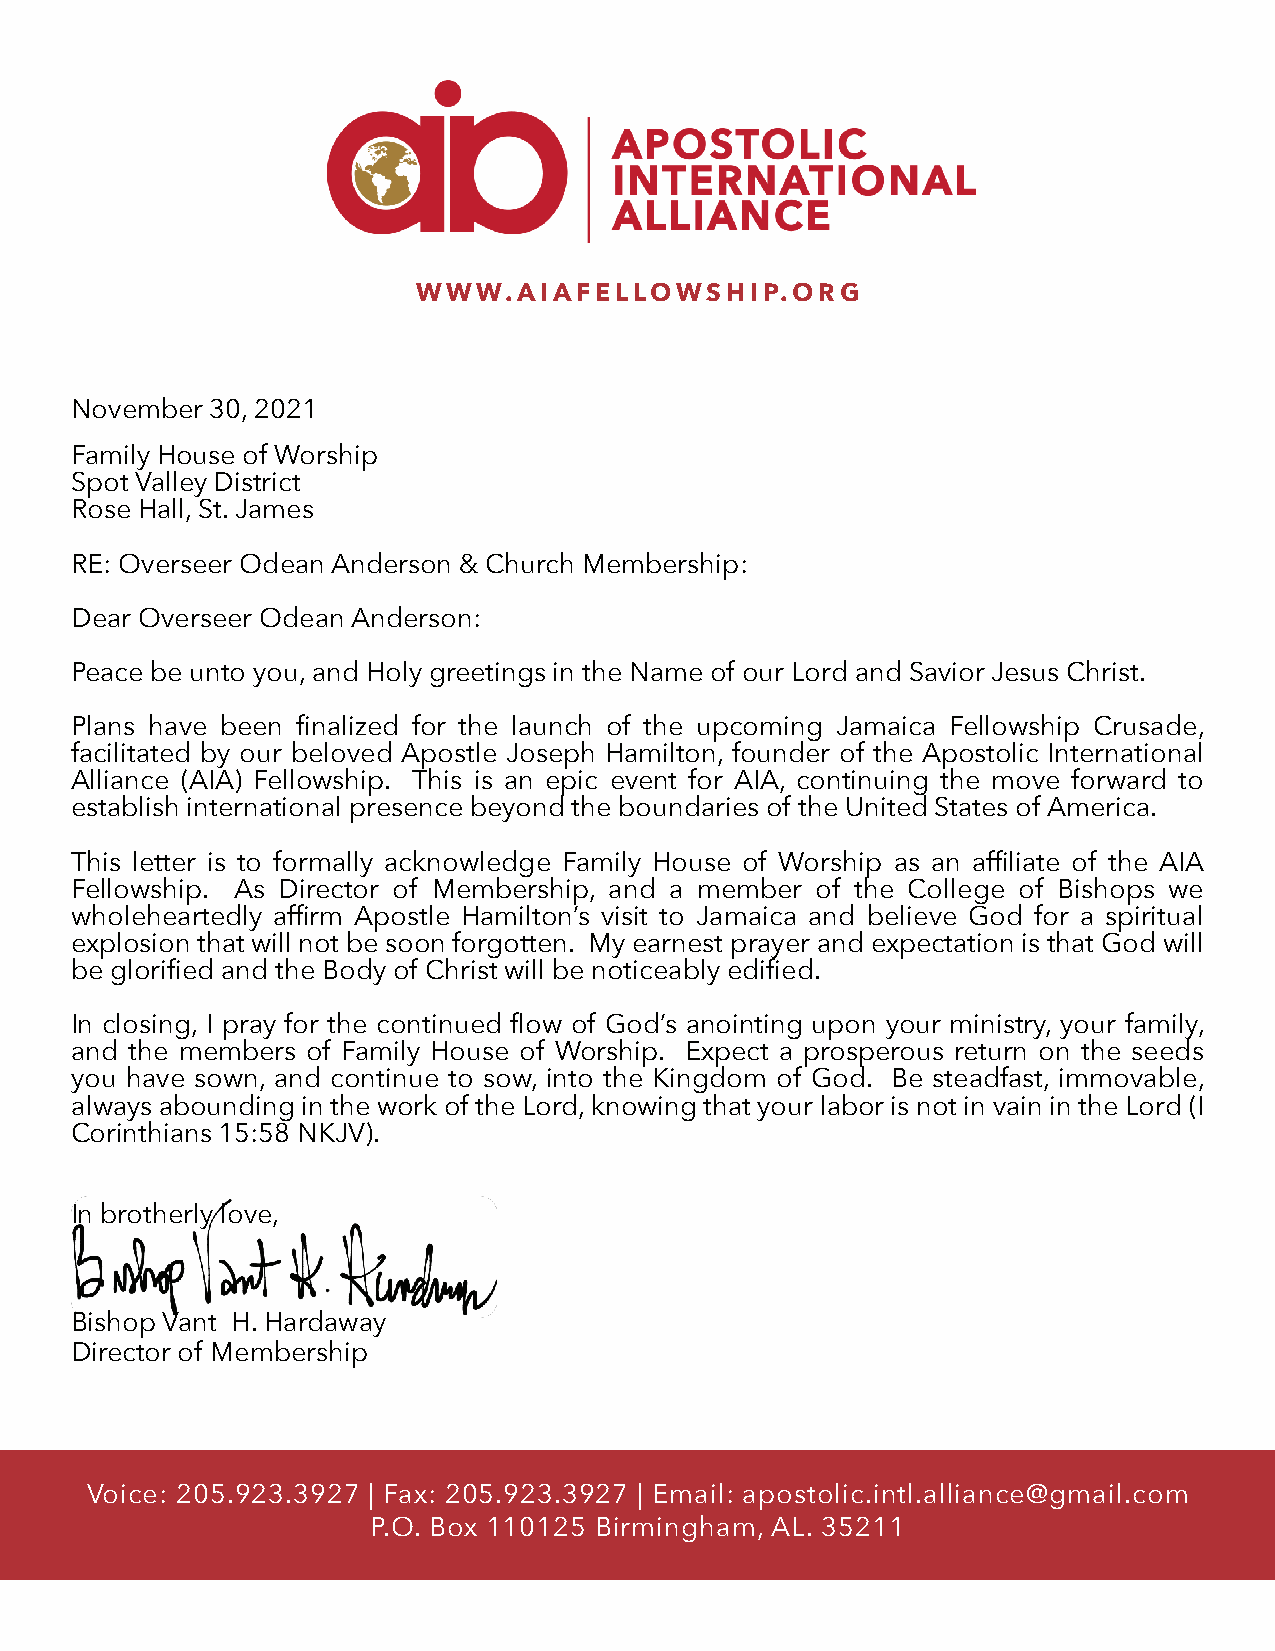
WWW.AIAFELLOWSHIP.ORG
 November 30, 2021
 Family House of Worship
 Spot Valley District
 Rose Hall, St. James
 RE: Overseer Odean Anderson & Church Membership:
 Dear Overseer Odean Anderson:
 Peace be unto you, and Holy greetings in the Name of our Lord and Savior Jesus Christ.
 Plans have been finalized for the launch of the upcoming Jamaica Fellowship Crusade,
 facilitated by our beloved Apostle Joseph Hamilton, founder of the Apostolic International
 Alliance (AIA) Fellowship. This is an epic event for AIA, continuing the move forward to
 establish international presence beyond the boundaries of the United States of America.
 This letter is to formally acknowledge Family House of Worship as an affiliate of the AIA
 Fellowship. As Director of Membership, and a member of the College of Bishops we
 wholeheartedly affirm Apostle Hamilton’s visit to Jamaica and believe God for a spiritual
 explosion that will not be soon forgotten. My earnest prayer and expectation is that God will
 be glorified and the Body of Christ will be noticeably edified.
 In closing, I pray for the continued flow of God’s anointing upon your ministry, your family,
 and the members of Family House of Worship. Expect a prosperous return on the seeds
 you have sown, and continue to sow, into the Kingdom of God. Be steadfast, immovable,
 always abounding in the work of the Lord, knowing that your labor is not in vain in the Lord (I
 Corinthians 15:58 NKJV).
 In brotherly love,
 Bishop Vant H. Hardaway
 Director of Membership
 Voice: 205.923.3927 | Fax: 205.923.3927 | Email: apostolic.intl.alliance@gmail.com
 P.O. Box 110125 Birmingham, AL. 35211